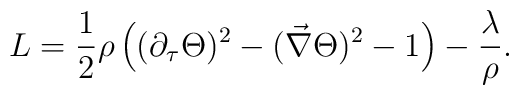
L=\frac{1}{2}\rho\left((\partial_{\tau}\Theta)^2-(\vec\nabla\Theta)^2-1\right)-\frac{\lambda}{\rho}.